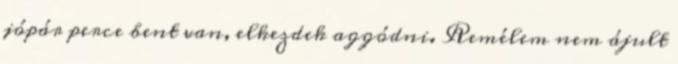
jópár perce bent van, elkezdek aggódni. Remélem nem ájult